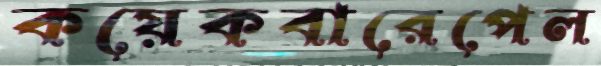
কয়েকবারেপেল